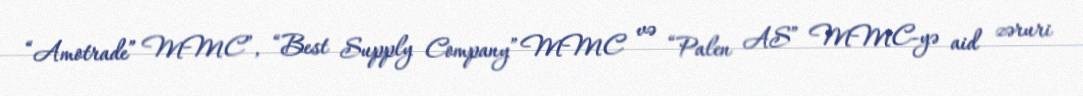
“Amotrade” MMC”, “Best Supply Company” MMC və “Palen AS” MMC-yə aid zəruri